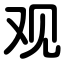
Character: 观